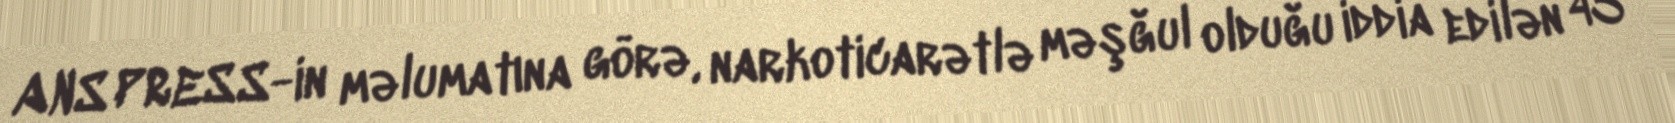
ANS PRESS-in məlumatına görə, narkoticarətlə məşğul olduğu iddia edilən 43